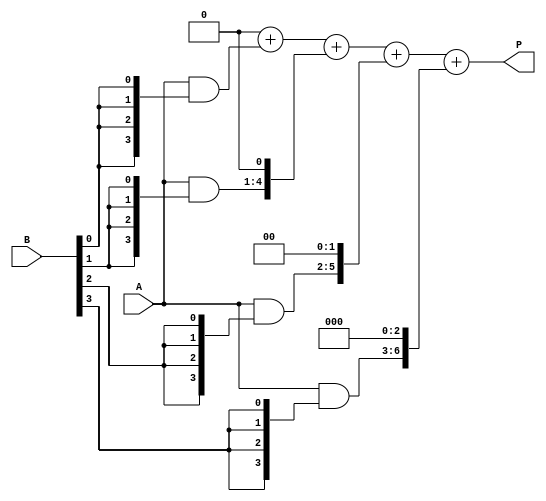
module array_multiplier #(parameter N = 4, M = 4) (
    input [N-1:0] A,     // First operand
    input [M-1:0] B,     // Second operand
    output reg [N+M-1:0] P // Product output
);

    // Internal wire for partial products
    wire [N-1:0] partial_product[M-1:0];

    // Generate partial products
    genvar i;
    generate
        for (i = 0; i < M; i = i + 1) begin : pp_gen
            assign partial_product[i] = A & {N{B[i]}}; // Generate partial product for B[i]
        end
    endgenerate

    // Sum the partial products to produce the final product P
    integer j;
    always @(*) begin
        P = 0; // Initialize P to zero
        for (j = 0; j < M; j = j + 1) begin
            P = P + (partial_product[j] << j); // Shift partial products according to their bit position
        end
    end

endmodule